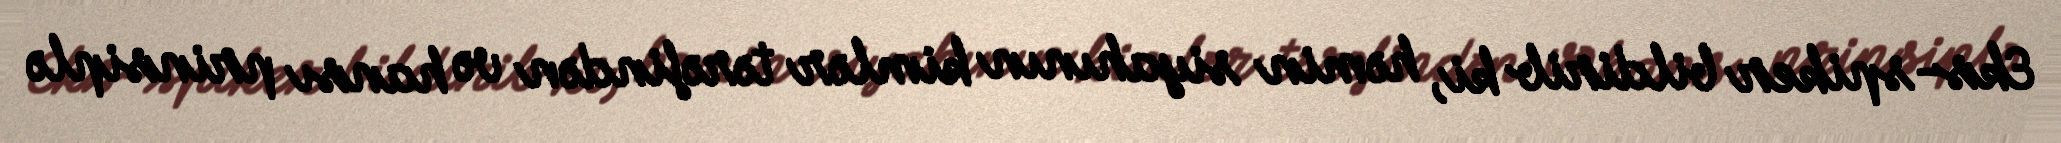
Eks-spiker bildirib ki, həmin siyahının kimlər tərəfindən və hansı prinsiplə